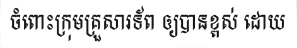
ចំពោះក្រុមគ្រួសារទ័ព ឲ្យបានខ្ពស់ ដោយ